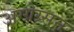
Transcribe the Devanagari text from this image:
अग्ग्रेग्र्सन